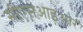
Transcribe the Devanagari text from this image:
सीएसआइआर